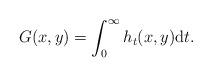
LaTeX: \begin{align*}G(x,y)=\int_{0}^{\infty}h_t(x,y)\mathrm{d}t. \end{align*}